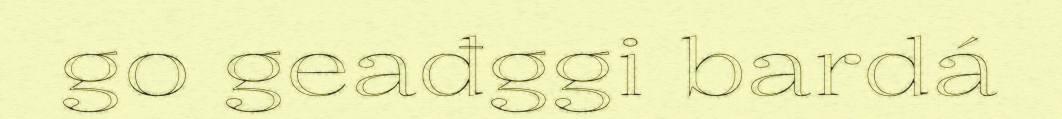
go geađggi bardá